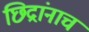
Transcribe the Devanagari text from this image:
छिद्रांनाच